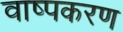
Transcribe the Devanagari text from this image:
वाष्पकरण